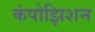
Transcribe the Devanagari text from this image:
कंपोझिशन